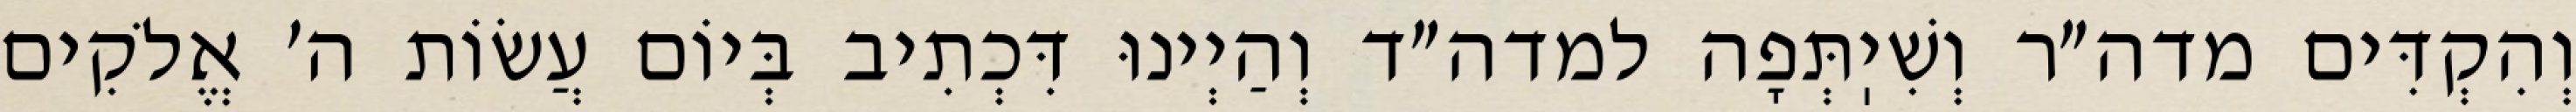
וְהִקְדִּים מדה״ר וְשִׁיֽתְּפָה למדה״ד וְהַיְינוּ דִּכְתִיב בְּיוֹם עֲשׂוֹת ה׳ אֱלֹקִים